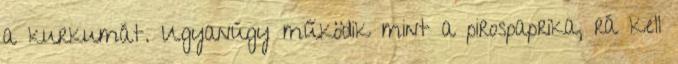
a kurkumát. Ugyanúgy működik mint a pirospaprika, rá kell